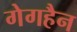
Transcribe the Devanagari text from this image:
गेगहैन